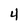
Character: 4